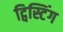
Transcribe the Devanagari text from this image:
ट्विस्टिंग